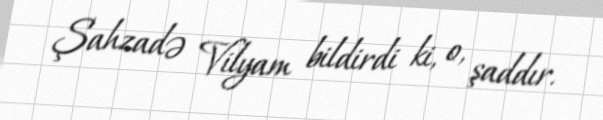
Şahzadə Vilyam bildirdi ki, o, şaddır.